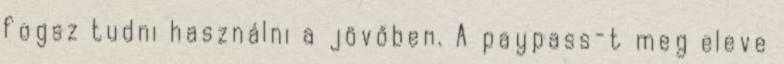
fogsz tudni használni a jövőben. A paypass-t meg eleve